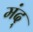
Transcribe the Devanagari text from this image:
मंद्